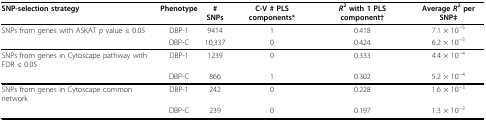
<table><thead><tr><td><b>SNP-selection strategy</b></td><td><b>Phenotype</b></td><td><b># SNPs</b></td><td><b>C-V # PLS components*</b></td><td><b><i>R</i><sup>2 </sup>with 1 PLS component†</b></td><td><b>Average <i>R</i><sup>2 </sup>per SNP‡</b></td></tr></thead><tbody><tr><td>SNPs from genes with ASKAT <i>p </i>value ≤ 0.05</td><td>DBP-1</td><td>9414</td><td>1</td><td>0.418</td><td>7.1 × 10<sup>−5</sup></td></tr><tr><td></td><td>DBP-C</td><td>10,337</td><td>0</td><td>0.424</td><td>6.2 × 10<sup>−5</sup></td></tr><tr><td>SNPs from genes in Cytoscape pathway with FDR ≤ 0.05</td><td>DBP-1</td><td>1239</td><td>0</td><td>0.333</td><td>4.4 × 10<sup>−4</sup></td></tr><tr><td></td><td>DBP-C</td><td>866</td><td>1</td><td>0.302</td><td>5.2 × 10<sup>−4</sup></td></tr><tr><td>SNPs from genes in Cytoscape common network</td><td>DBP-1</td><td>242</td><td>0</td><td>0.228</td><td>1.6 × 10<sup>−3</sup></td></tr><tr><td></td><td>DBP-C</td><td>239</td><td>0</td><td>0.197</td><td>1.3 × 10<sup>−3</sup></td></tr></tbody></table>